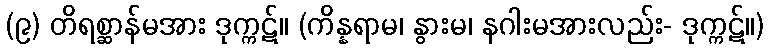
(၉) တိရစ္ဆာန်မအား ဒုက္ကဋ်။ (ကိန္နရာမ၊ နွားမ၊ နဂါးမအားလည်း- ဒုက္ကဋ်။)